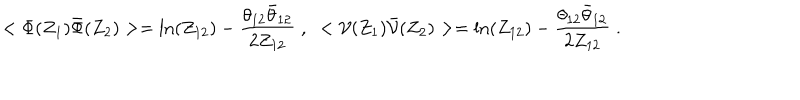
< \Phi ( Z _ { 1 } ) { \bar { \Phi } } ( Z _ { 2 } ) > = \mathrm { l n } ( Z _ { 1 2 } ) - { \frac { \theta _ { 1 2 } \bar { \theta } _ { 1 2 } } { 2 Z _ { 1 2 } } } \; , \; \; < { \cal V } ( Z _ { 1 } ) { \bar { \cal V } } ( Z _ { 2 } ) > = \mathrm { l n } ( Z _ { 1 2 } ) - { \frac { \theta _ { 1 2 } \bar { \theta } _ { 1 2 } } { 2 Z _ { 1 2 } } } \; .